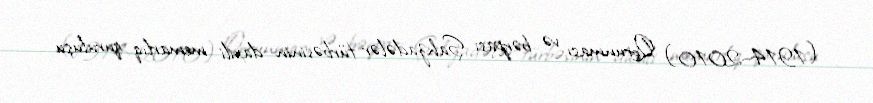
(1914–2010) Qorunması və bərpası Şahzadələr türbəsinin daxili memarlıq quruluşu